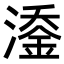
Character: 𬈹